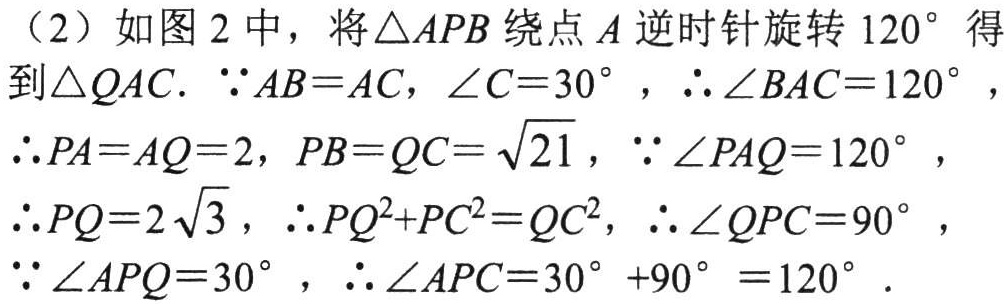
（2）如图 2 中，将\(\triangle APB\)绕点 \(A\) 逆时针旋转 \(120^{\circ}\) 得
到\(\triangle QAC\). \(\because AB = AC\)，\(\angle C = 30^{\circ}\)，\(\therefore \angle BAC = 120^{\circ}\)，
\(\therefore PA = AQ = 2\)，\(PB = QC=\sqrt{21}\)，\(\because \angle PAQ = 120^{\circ}\)，
\(\therefore PQ = 2\sqrt{3}\)，\(\therefore PQ^{2}+PC^{2}=QC^{2}\)，\(\therefore \angle QPC = 90^{\circ}\)，
\(\because \angle APQ = 30^{\circ}\)，\(\therefore \angle APC = 30^{\circ}+90^{\circ}=120^{\circ}\).